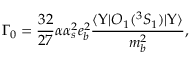
\Gamma _ { 0 } = \frac { 3 2 } { 2 7 } \alpha \alpha _ { s } ^ { 2 } e _ { b } ^ { 2 } \frac { \langle \Upsilon \vert { \cal O } _ { 1 } ( ^ { 3 } S _ { 1 } ) \vert \Upsilon \rangle } { m _ { b } ^ { 2 } } ,